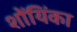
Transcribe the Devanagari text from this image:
शोंयिंका